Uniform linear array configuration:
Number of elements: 24
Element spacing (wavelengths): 0.25
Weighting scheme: blackman
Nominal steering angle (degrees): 15
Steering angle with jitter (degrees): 15.637
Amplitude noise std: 0.05
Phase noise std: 0.05

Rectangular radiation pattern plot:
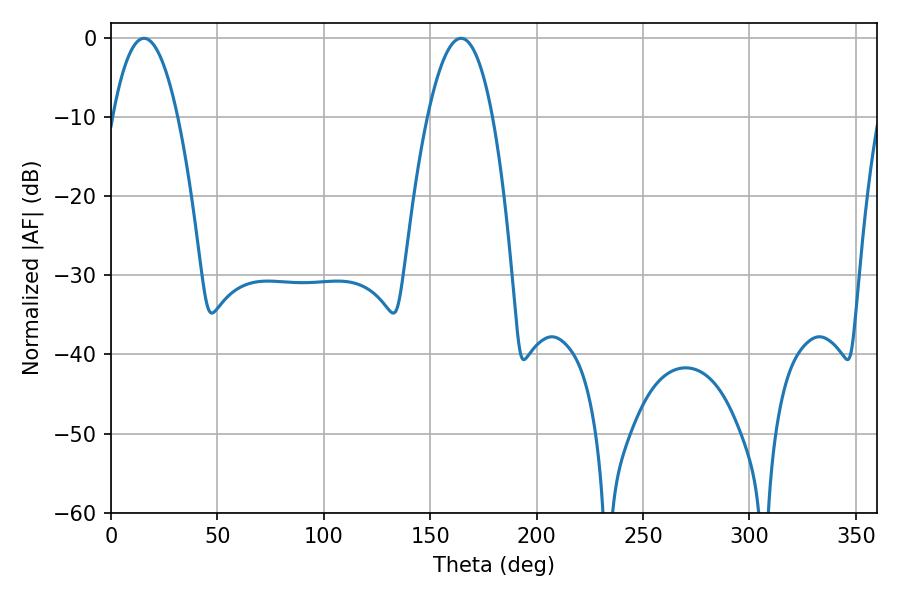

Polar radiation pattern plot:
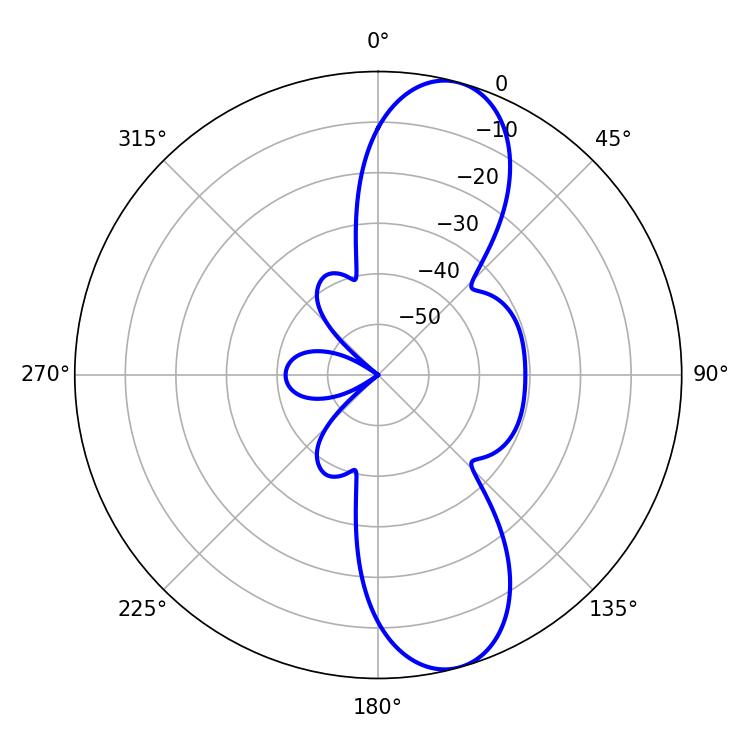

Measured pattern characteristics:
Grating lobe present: FALSE
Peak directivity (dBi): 10.666
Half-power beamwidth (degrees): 16.92
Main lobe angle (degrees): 15.48